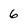
Character: 6